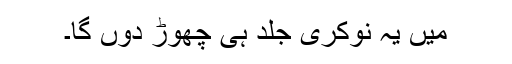
میں یہ نوکری جلد ہی چھوڑ دوں گا۔